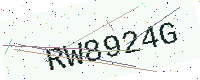
Text: RW8924G